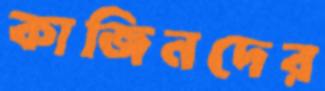
কাজিনদের